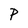
Character: P